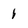
Character: 1